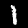
Digit: 1